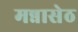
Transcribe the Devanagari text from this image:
मन्नासेठ